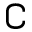
\complement